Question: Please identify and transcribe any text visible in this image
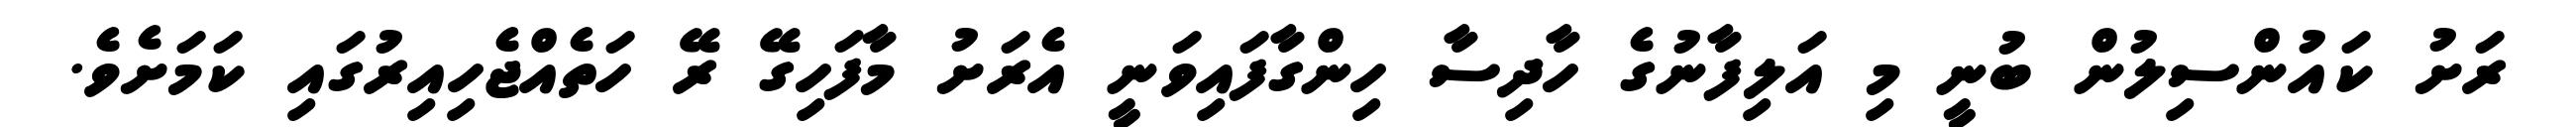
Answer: ރަށު ކައުންސިލުން ބުނީ މި އަލިފާނުގެ ހާދިސާ ހިންގާފައިވަނީ އެރަށު މާފަހިގޭ ރޭ ހަތެއްޖެހިއިރުގައި ކަމަށެވެ.